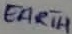
Text: EARTH